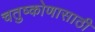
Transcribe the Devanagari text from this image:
चतुष्कोणासाठी